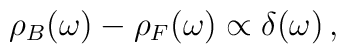
\rho_B(\omega ) - \rho_F(\omega )\propto \delta (\omega ) \,,